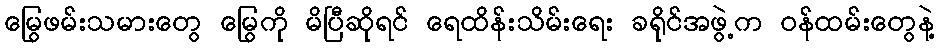
မြွေဖမ်းသမားတွေ မြွေကို မိပြီဆိုရင် ရေထိန်းသိမ်းရေး ခရိုင်အဖွဲ့က ဝန်ထမ်းတွေနဲ့